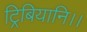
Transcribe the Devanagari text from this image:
ट्रिबियानि।।